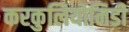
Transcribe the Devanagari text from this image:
करकुलियोनिडी